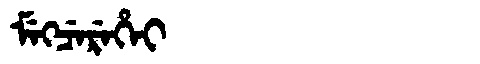
Manchu: ᠮᡝᡴᠴᡝᡵᡝᡥᡝᡳ
Romanization: MEKCEREHEI